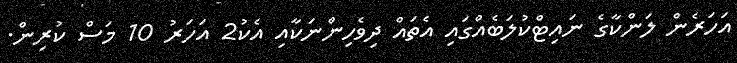
އަހަރެން ލަންކާގެ ނައިޓްކުލަބެއްގައި އެތައް ދިވެހިންނަކާއި އެކު2 އަހަރު 10 މަސް ކުރިން.